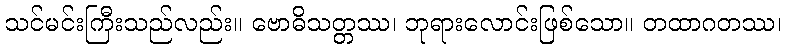
သင်မင်းကြီးသည်လည်း။ ဗောဓိသတ္တဿ၊ ဘုရားလောင်းဖြစ်သော။ တထာဂတဿ၊